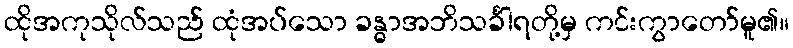
ထိုအကုသိုလ်သည် ထုံအပ်သော ခန္ဓာအဘိသင်္ခါရတို့မှ ကင်းကွာတော်မူ၏။